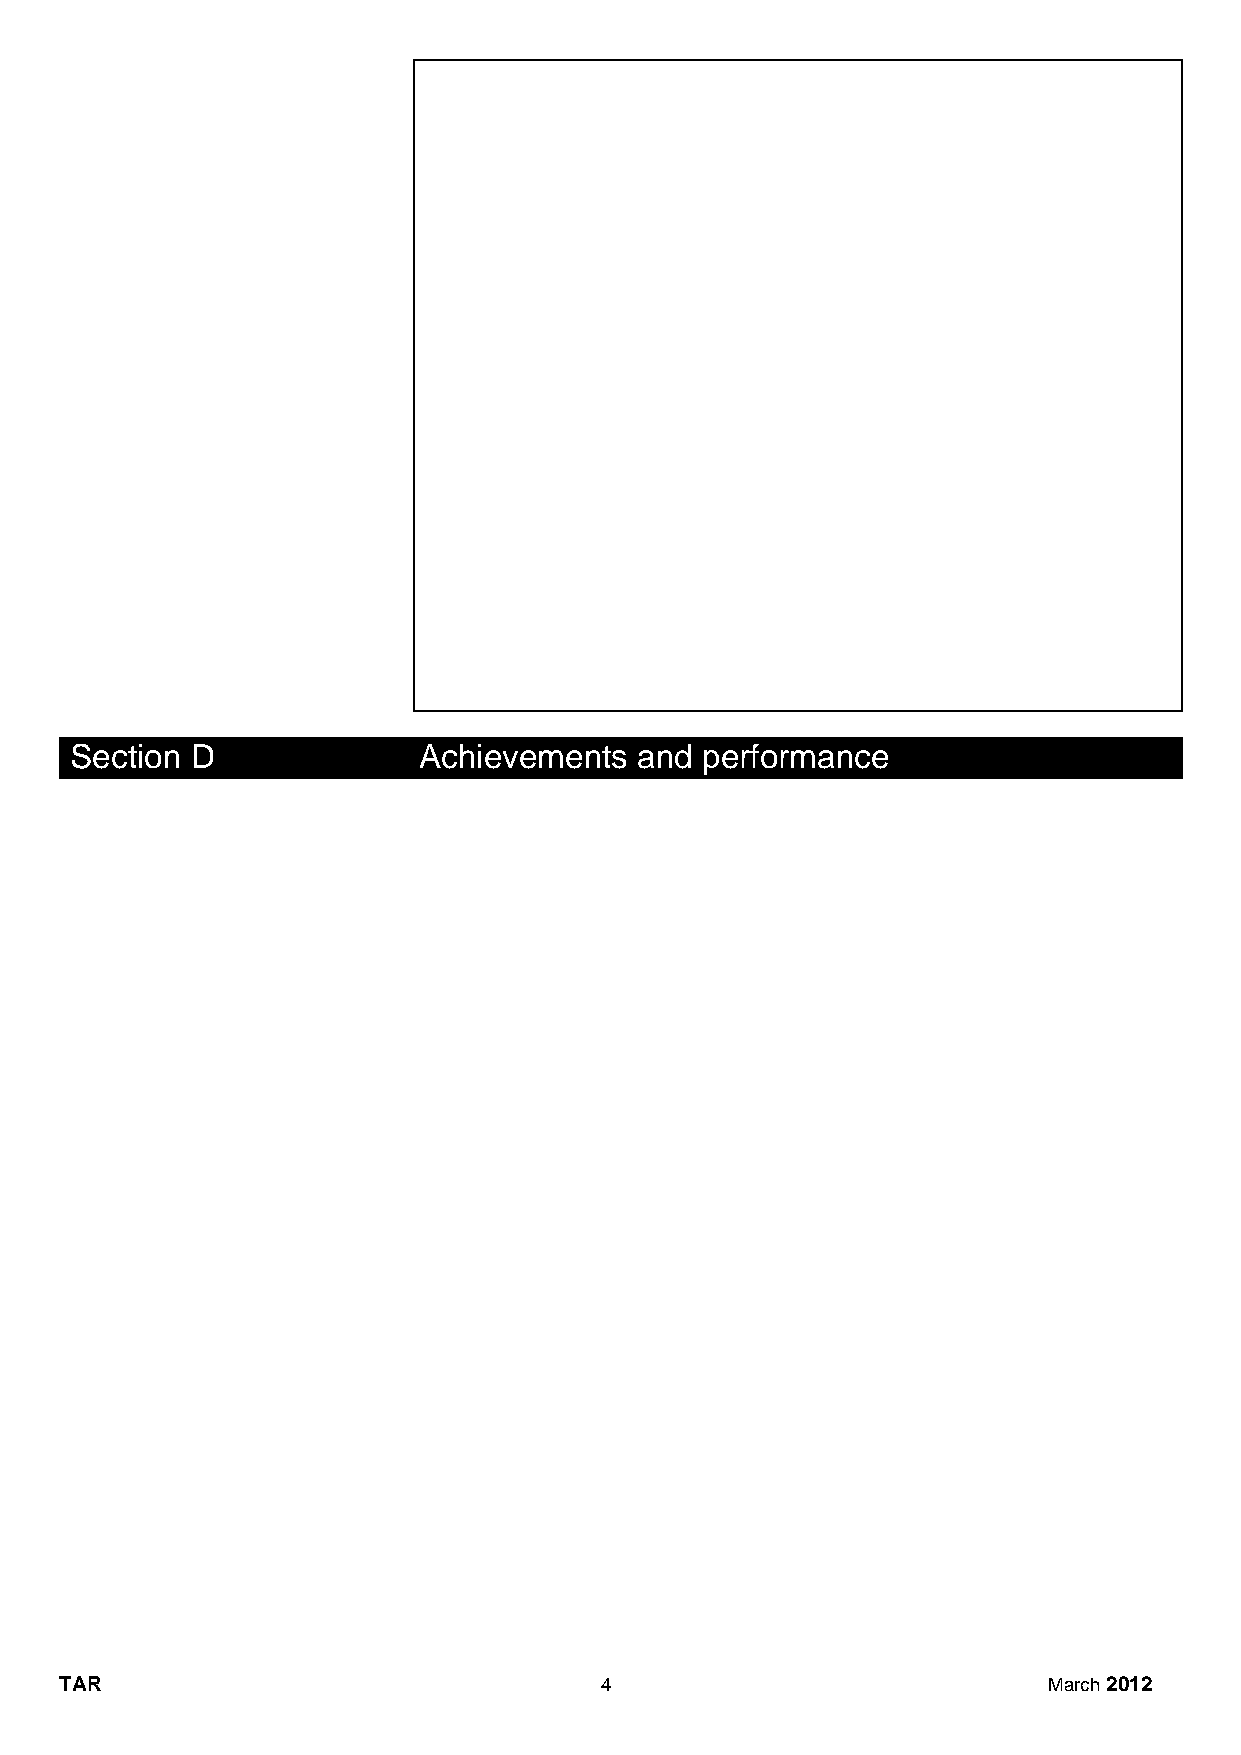
Section D              Achievements  and performance
 TAR                                 4                            March 2012